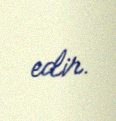
edir.